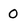
Character: 0